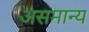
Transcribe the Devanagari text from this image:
असमान्‍य